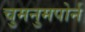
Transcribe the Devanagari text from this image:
चुमनुमपोर्न